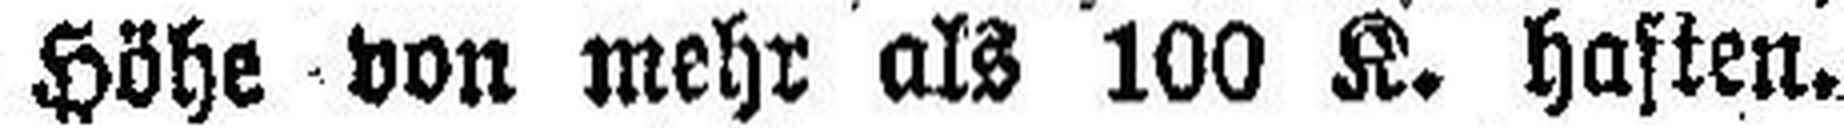
Höhe von mehr als 100 K. haften.